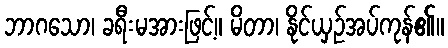
ဘာဂသော၊ ခရီးမအားဖြင့်။ မိတာ၊ နိုင်ယှဉ်အပ်ကုန်၏။